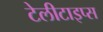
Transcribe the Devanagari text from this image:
टेलीटाइप्स